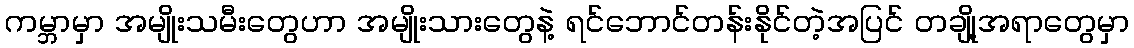
ကမ္ဘာမှာ အမျိုးသမီးတွေဟာ အမျိုးသားတွေနဲ့ ရင်ဘောင်တန်းနိုင်တဲ့အပြင် တချို့အရာတွေမှာ